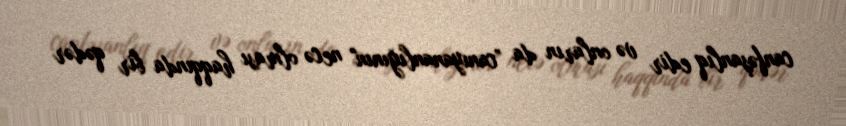
canfəşanlıq edir və onların da ”canıyananlığının" necə olması haqqında bir qədər